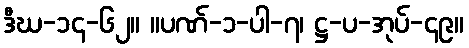
ဒီဃ-၁၄-၆၂။ ။ပဏ်-၁-ပါ-၇၊ ဋ္ဌ-ပ-အုပ်-၄၉။